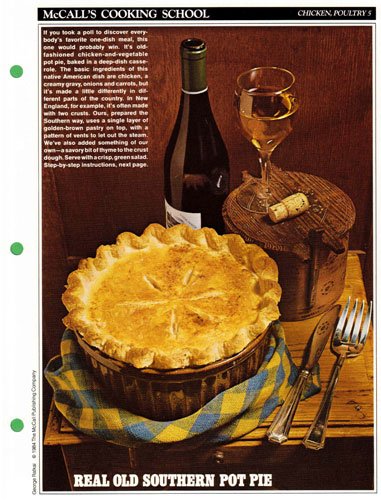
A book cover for McCall's Cooking School Recipe Card: Chicken, Poultry 5 - Chicken Pot Pie (Replacement McCall's Recipage or Recipe Card For 3-Ring Binders); Health, Fitness & Dieting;